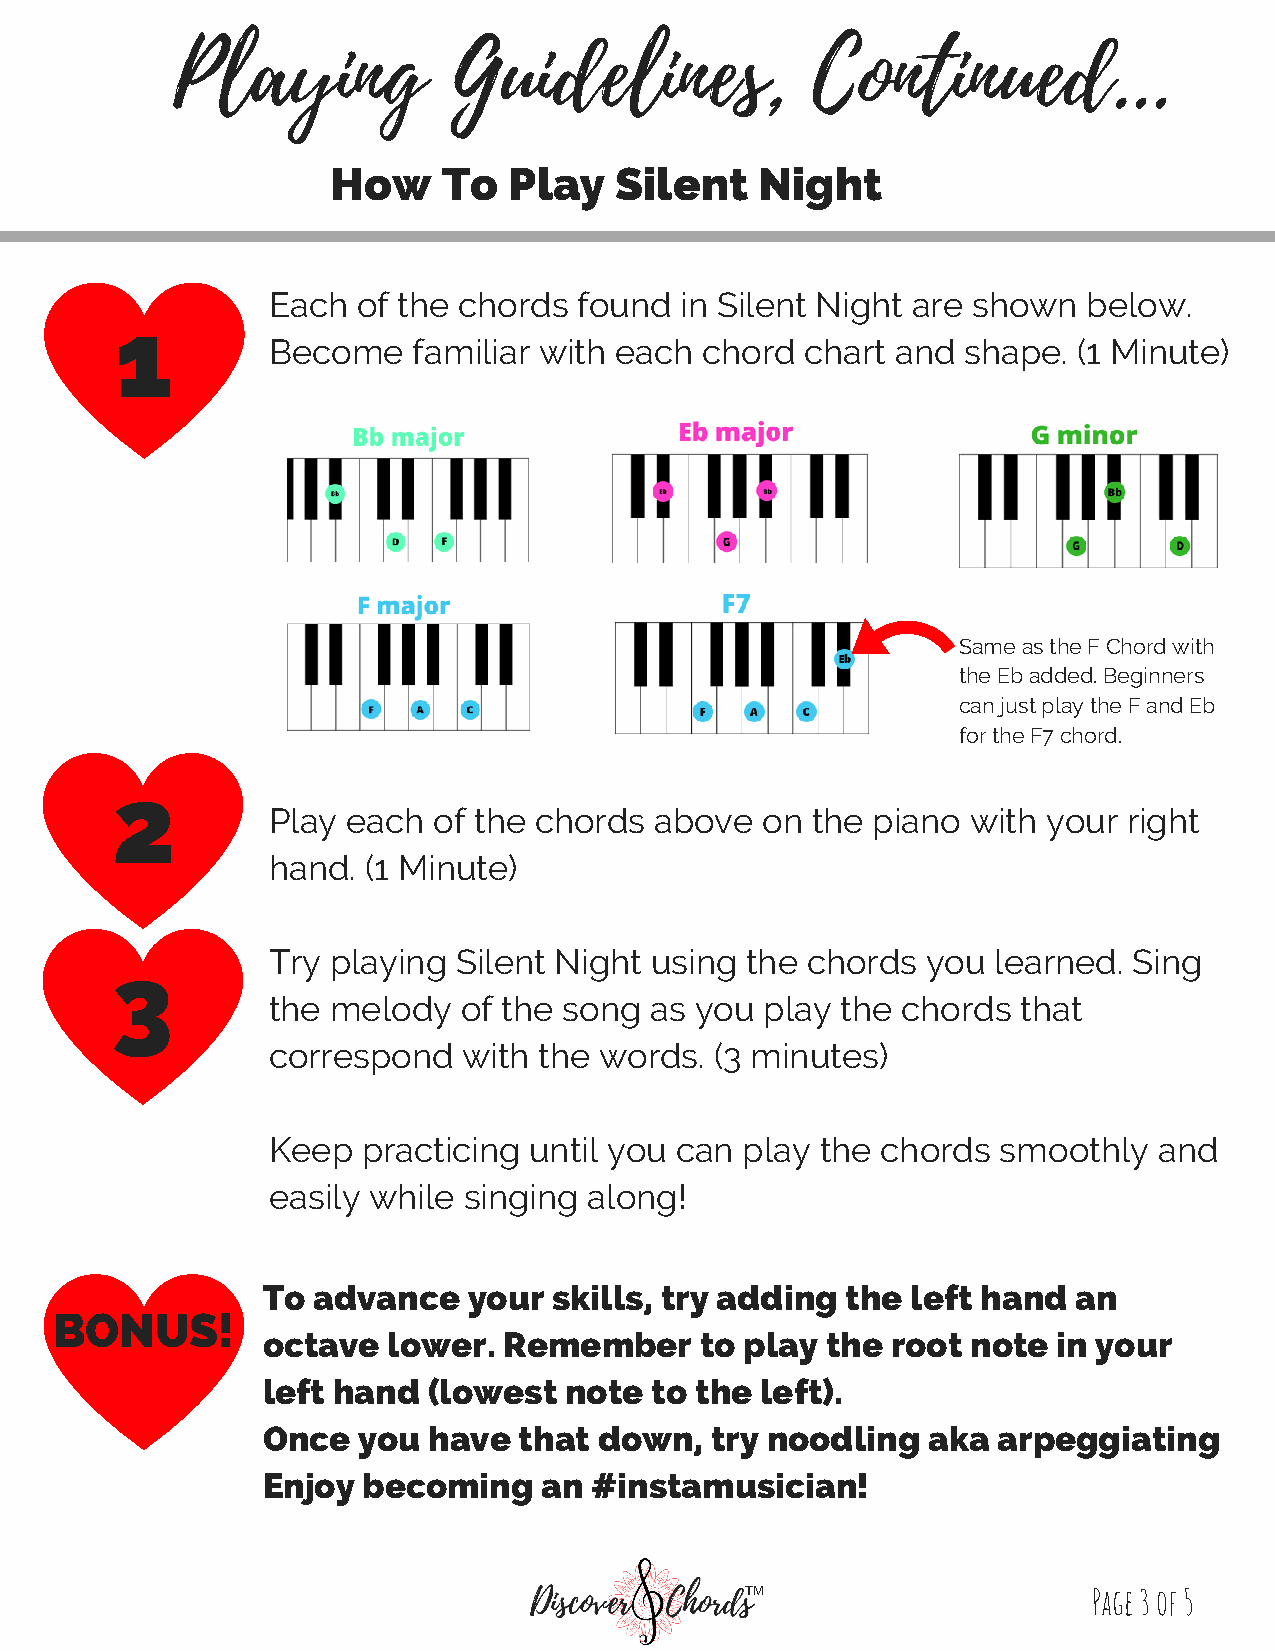
Playing            Guidelines,             Continued...
 How    To   Play   Silent   Night
 Each  of the chords found  in Silent Night are shown  below.
 1
 Become   familiar with each chord  chart and  shape. (1 Minute)
 Same as the F Chord with
 the Eb added. Beginners
 can just play the F and Eb
 for the F7 chord.
 2
 Play each  of the chords above  on  the piano with your  right
 hand. (1 Minute)
 Try playing Silent Night using the chords  you  learned. Sing
 3
 the melody   of the song as you  play the chords  that
 correspond   with the words. (3 minutes)
 Keep  practicing until you can play the chords  smoothly   and
 easily while singing along!
 To  advance   your  skills, try adding the left hand  an
 BONUS!
 octave   lower. Remember     to play  the root note  in your
 left hand  (lowest  note  to the left).
 Once   you have  that  down,  try noodling  aka  arpeggiating
 Enjoy  becoming    an #instamusician!
 TM                     Page 3 of 5